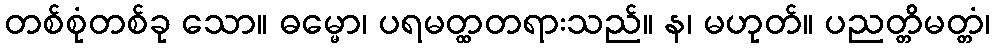
တစ်စုံတစ်ခု သော။ ဓမ္မော၊ ပရမတ္ထတရားသည်။ န၊ မဟုတ်။ ပညတ္တိမတ္တံ၊